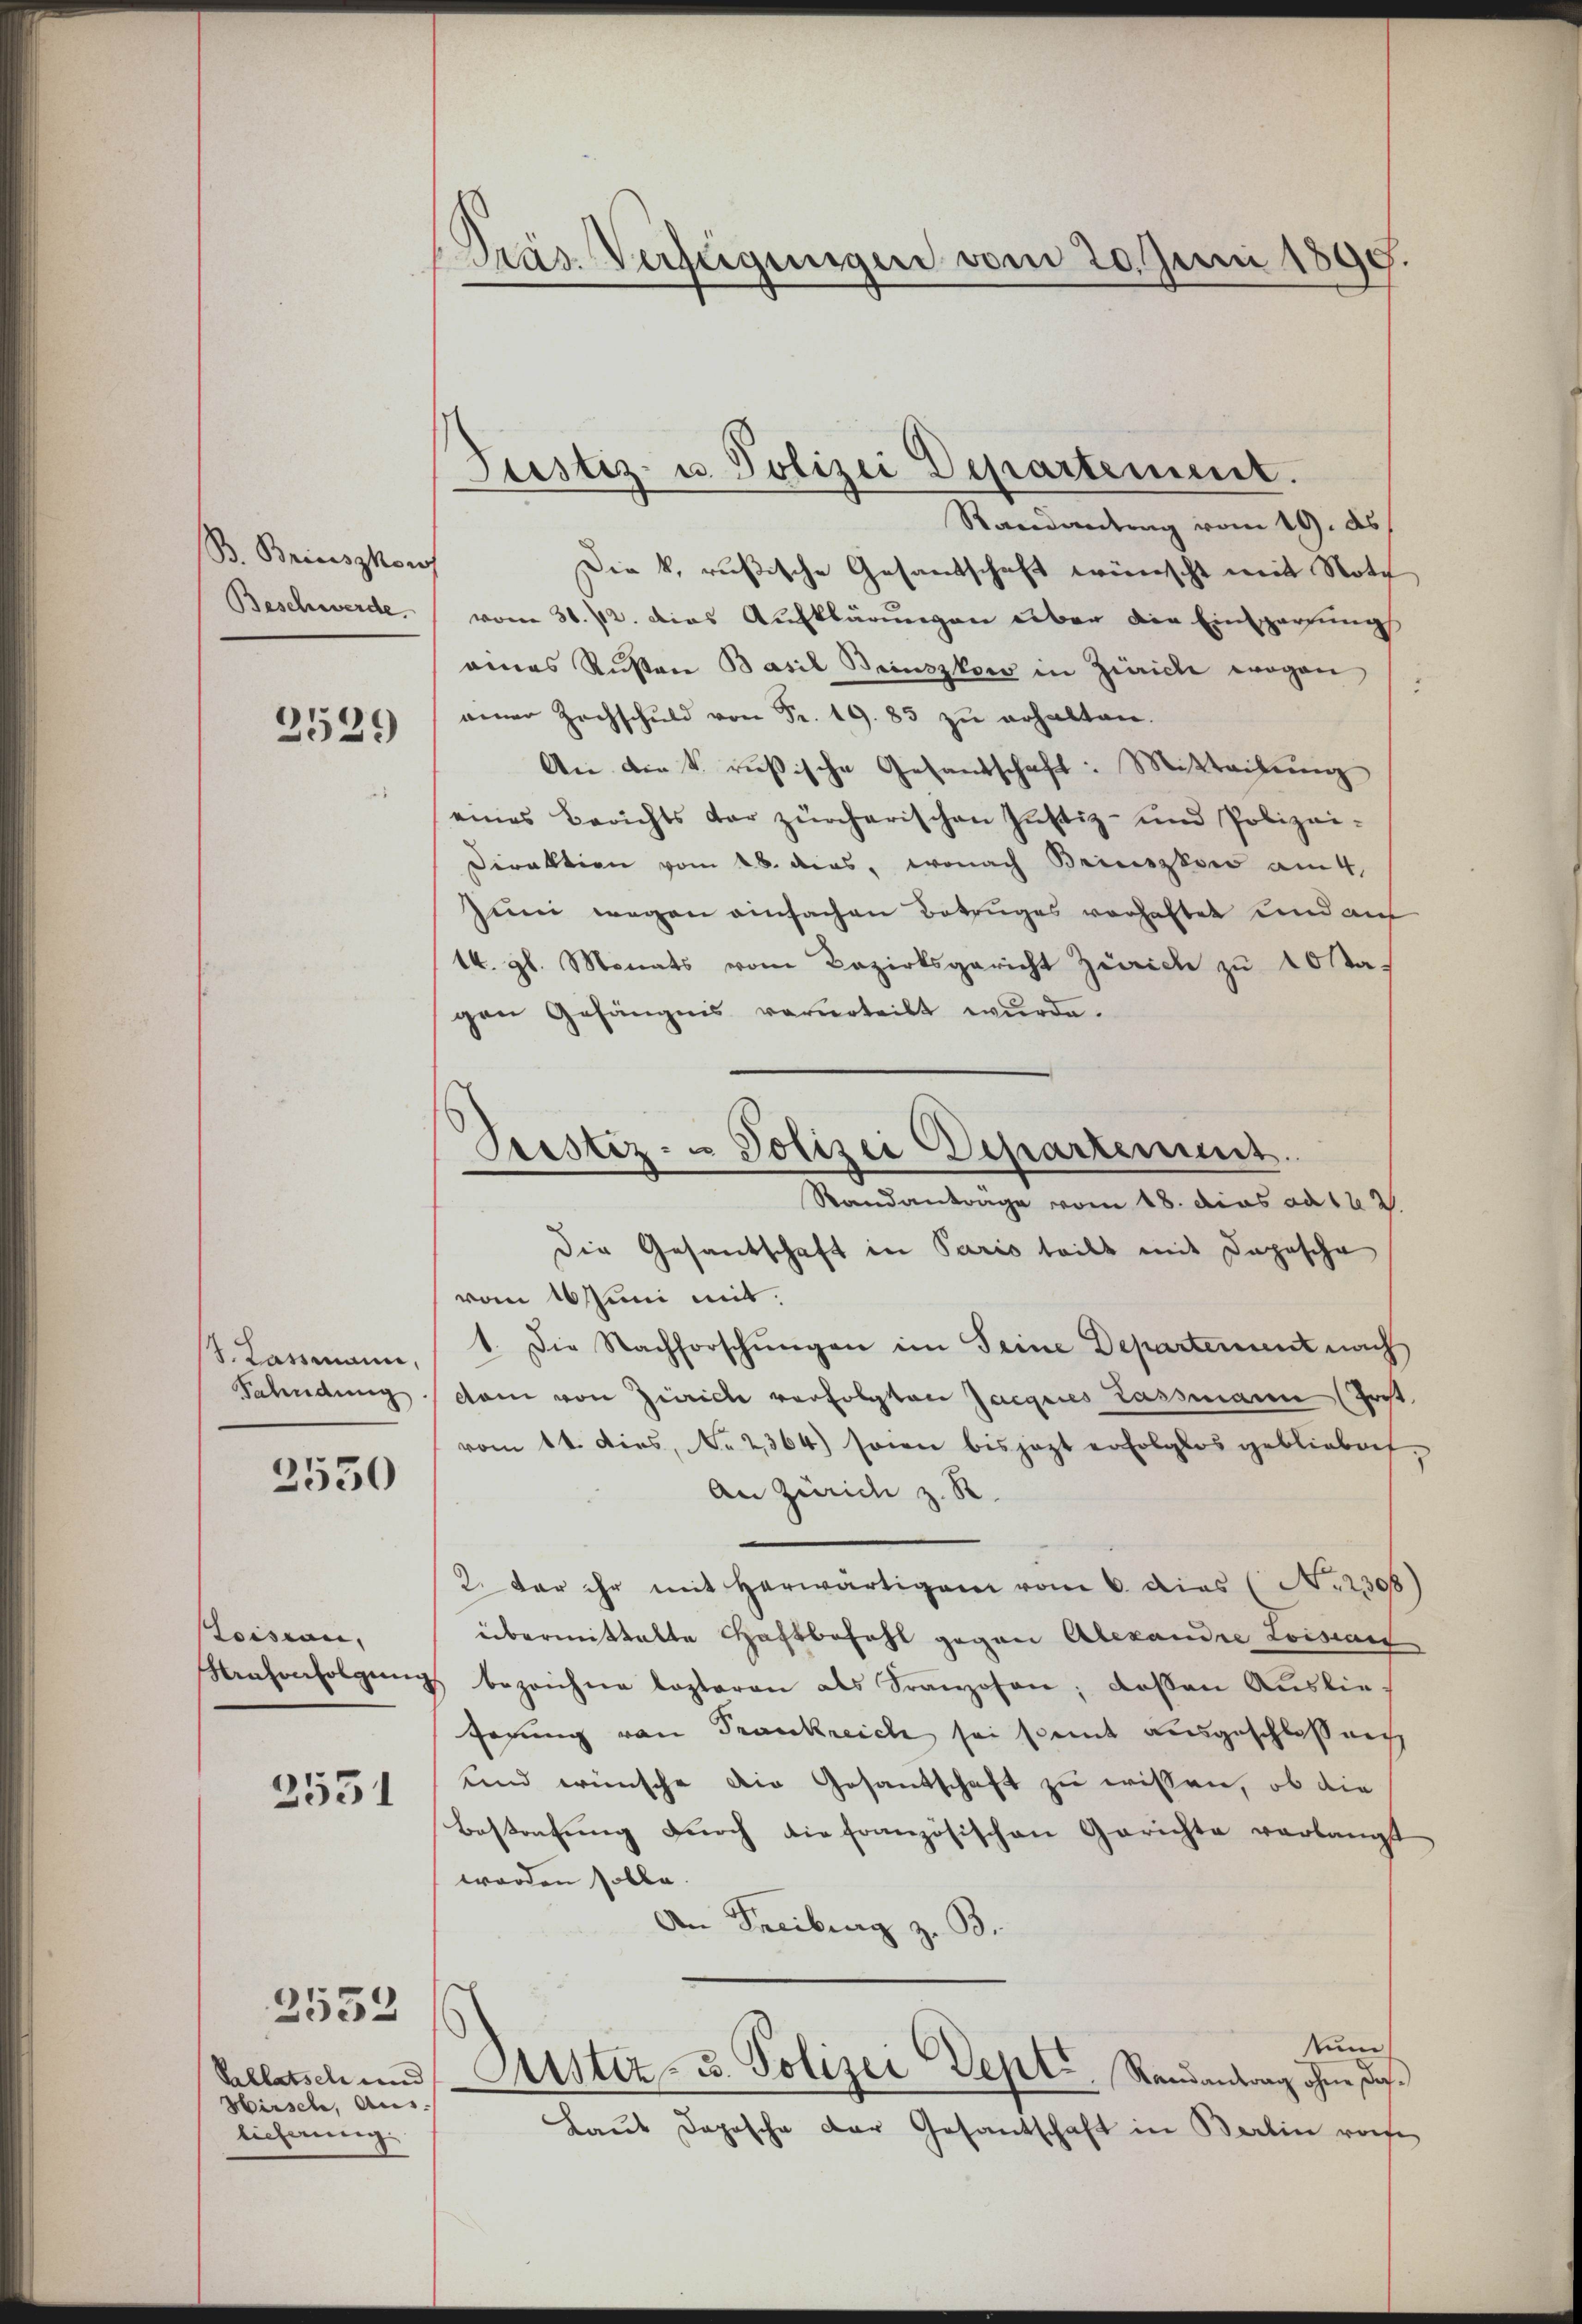
B. Briuszkow
Beschwerde

J. Lassmann,
Fahndung

Toisian,
Mahinfolgung

2529

2550

2531

2553

Valletsch und
Hirsch, Aus-
licherung.

Präs. Verfügungen vom 20. Juni 1890.

Prestiz- u Polizei Departement.

Justiz- u. Polizei Departement.
Randantrag vom 19. ds
Die k. rußische Gesantschaft wünscht mit Noth
vom 30. 12. dies Aufklärungen über die Einspartungs
eines Rüsten Basil Beinszkow in Zürich wogen
nener Zechschuld von Fr. 19. 85 zŭ erhalten.
An die k. rusische Gesandschaft: Mitteilŭng
eines Berichts der zürcherischen Justiz- und Polizei-
Direktion vom 18. das, wonach Briszkow am 4.
Juni wegen einfachen Betruges vorhaftet und auf
14. gl. Monats vom Bezirksgericht Zürich zu 10 sta-
gen Gefängnis verurteilt wurde.
Randantrage vom 18. dies ad 122.
Die Gesandschaft in Paris teilt mit Depesche
vom 16 Juni mit.
1. Die Nachforschŭngen im Seine Departement nach
ctam von Zürich verfolgten Jacques Lassmann (Tocht.
vom 14. dies, No 2364) seien bis jezt erfolglos geblieben,
An Zürich z. R.
2. der ihr mit herwärtigem vom 6. dies (N. 2308
übermittalte Haftbefehl gegen Alexandre Loisan
bezeichne lezteren als Franzosen; deßen Auslie-
ferung von Frankreich sei somit ausgeschloßen
und wünsche die Gesandschaft zu wissen, ob die
Bestorfung durch die französischen Gerichte verlangt
worden solle.
An Freiburg z. B.
tum
Sistiz- u. Polizei Sept. Raŭsantrag ohne das
Haus Dopische der Gesantschaft in Berlin rohe